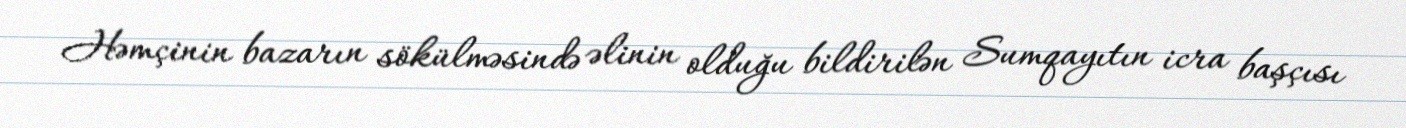
Həmçinin bazarın sökülməsində əlinin olduğu bildirilən Sumqayıtın icra başçısı